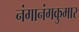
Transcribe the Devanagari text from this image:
नंगानंगकुमार